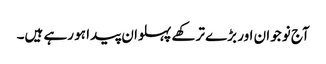
آج نوجوان اور بڑے ترکھے پہلوان پیدا ہو رہے ہیں۔